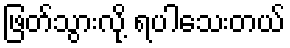
ဖြတ်သွားလို့ ရပါသေးတယ်